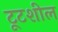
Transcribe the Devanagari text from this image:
टूटशील